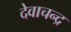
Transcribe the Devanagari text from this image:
देवाचन्द्र